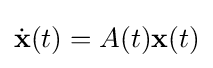
{\dot {\mathbf {x} }}(t)=A(t)\mathbf {x} (t)